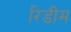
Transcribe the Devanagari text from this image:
रिडीम